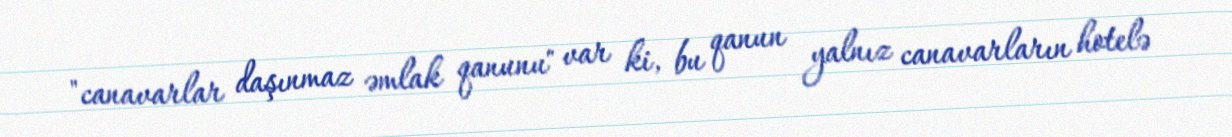
"canavarlar daşınmaz əmlak qanunu" var ki, bu qanun yalnız canavarların hotelə